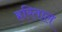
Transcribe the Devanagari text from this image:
हरिताल